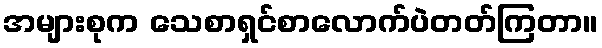
အများစုက သေစာရှင်စာလောက်ပဲတတ်ကြတာ။